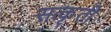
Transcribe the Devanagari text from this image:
सत्कृती